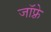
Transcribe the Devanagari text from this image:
जाॅफ़्रे